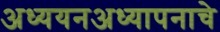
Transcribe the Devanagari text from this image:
अध्ययनअध्यापनाचे